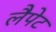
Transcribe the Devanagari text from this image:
लैपेट